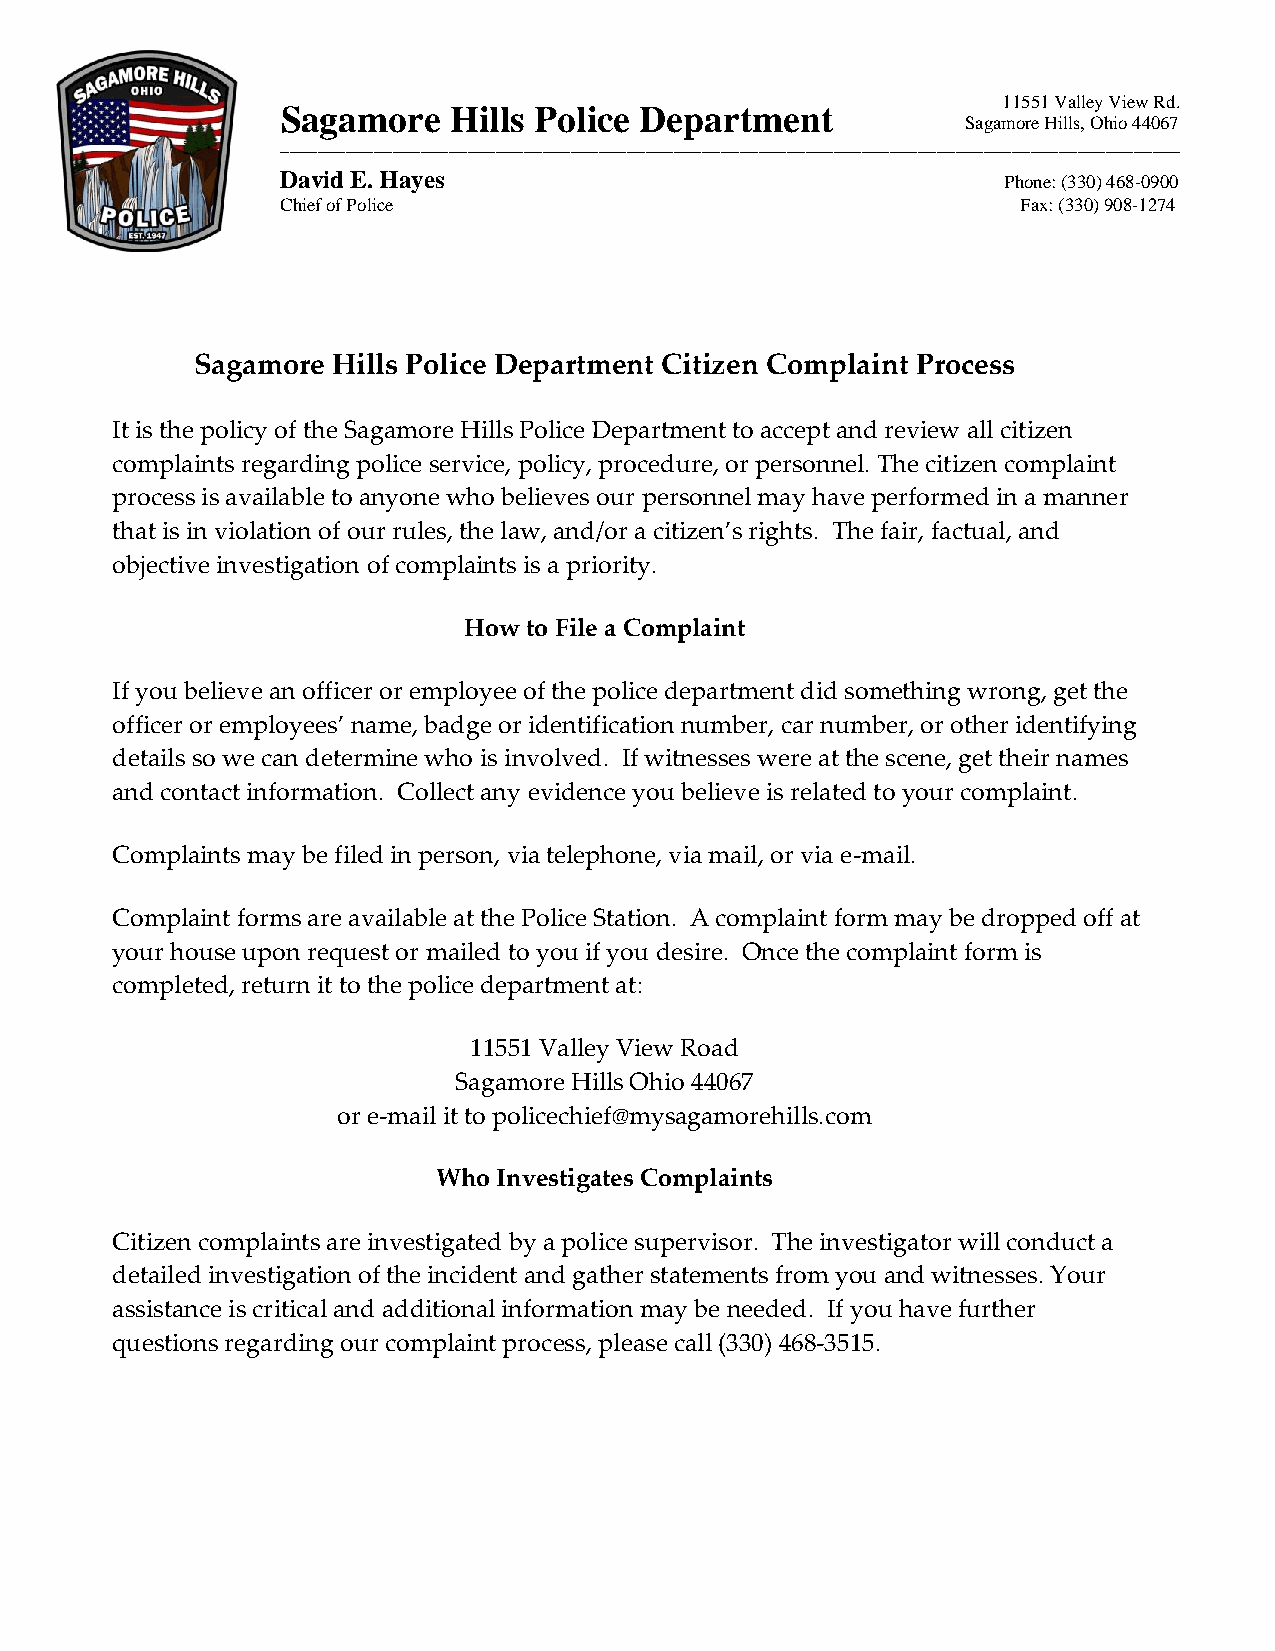
11551 Valley View Rd.
 Sagamore   Hills Police Department
 Sagamore Hills, Ohio 44067
 ________________________________________________________________________________________________
 David E. Hayes                                  Phone: (330) 468-0900
 Chief of Police                                  Fax: (330) 908-1274
 Sagamore Hills Police Department Citizen Complaint Process
 It is the policy of the Sagamore Hills Police Department to accept and review all citizen
 complaints regarding police service, policy, procedure, or personnel. The citizen complaint
 process is available to anyone who believes our personnel may have performed in a manner
 that is in violation of our rules, the law, and/or a citizen’s rights. The fair, factual, and
 objective investigation of complaints is a priority.
 How to File a Complaint
 If you believe an officer or employee of the police department did something wrong, get the
 officer or employees’ name, badge or identification number, car number, or other identifying
 details so we can determine who is involved. If witnesses were at the scene, get their names
 and contact information. Collect any evidence you believe is related to your complaint.
 Complaints may be filed in person, via telephone, via mail, or via e-mail.
 Complaint forms are available at the Police Station. A complaint form may be dropped off at
 your house upon request or mailed to you if you desire. Once the complaint form is
 completed, return it to the police department at:
 11551 Valley View Road
 Sagamore Hills Ohio 44067
 or e-mail it to policechief@mysagamorehills.com
 Who Investigates Complaints
 Citizen complaints are investigated by a police supervisor. The investigator will conduct a
 detailed investigation of the incident and gather statements from you and witnesses. Your
 assistance is critical and additional information may be needed. If you have further
 questions regarding our complaint process, please call (330) 468-3515.